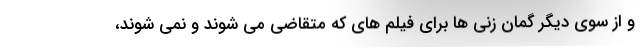
و از سوی دیگر گمان زنی ها برای فیلم های که متقاضی می شوند و نمی شوند،